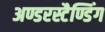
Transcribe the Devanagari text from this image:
अण्डरस्टैण्डिंग